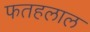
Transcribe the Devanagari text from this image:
फतहलाल